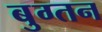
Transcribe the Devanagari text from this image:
बुग्तन